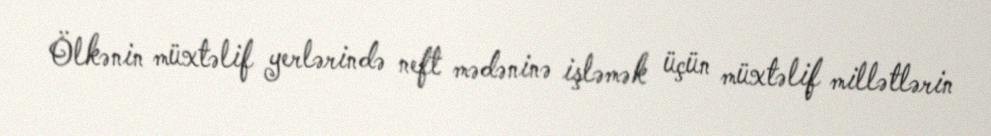
Ölkənin müxtəlif yerlərində neft mədəninə işləmək üçün müxtəlif millətlərin